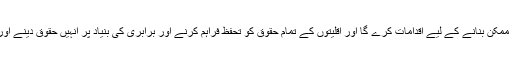
اقلیتوں کی اقتصادی اور سماجی ترقی کو ممکن بنانے کے لیے اقدامات کرے گا اور اقلیتوں کے تمام حقوق کو تحفظ فراہم کرنے اور برابری کی بنیاد پر انہیں حقوق دینے اور مذہبی ہم آہنگی کے لیے اقدام کرے گا ۔